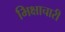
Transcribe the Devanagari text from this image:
भिक्षाचारी